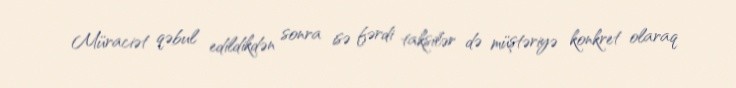
Müraciət qəbul edildikdən sonra isə fərdi taksilər də müştəriyə konkret olaraq